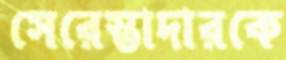
সেরেস্তাদারকে